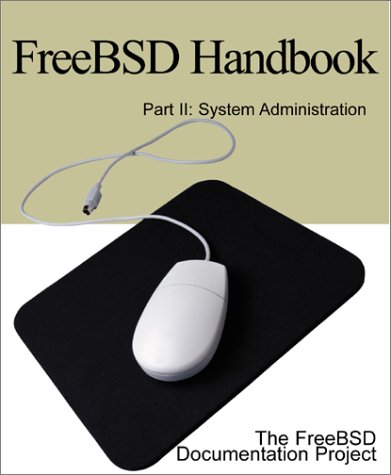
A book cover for Freebsd Handbook: System Administration; FreeBSD Documentation Project; Computers & Technology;